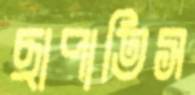
ছাপাতিস